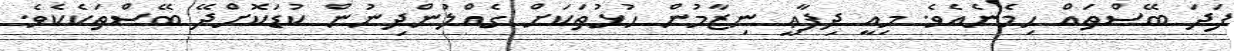
ފަދަ ބޭސްތައް ހިމެނެއެވެ. މިއީ ދިފާޢީ ނިޒާމުން ހުޅުތަކަށް ގެއްލުންދިނުން ކުޑަކޮށްދޭ ބޭސްތަކެކެވެ.